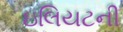
ઇલિયટની